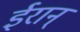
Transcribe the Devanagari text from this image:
ईरान्